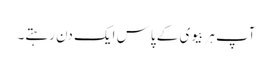
آپ ہر بیوی کے پاس ایک دن رہتے۔